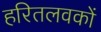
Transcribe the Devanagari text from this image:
हरितलवकों